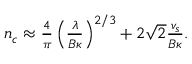
\begin{array} { r } { n _ { c } \approx \frac { 4 } { \pi } \left( \frac { \lambda } { B \kappa } \right) ^ { 2 / 3 } + 2 \sqrt { 2 } \frac { v _ { s } } { B \kappa } . } \end{array}